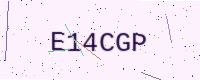
Text: E14CGP